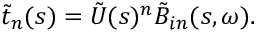
\tilde { t } _ { n } ( s ) = \tilde { U } ( s ) ^ { n } \tilde { B } _ { i n } ( s , \omega ) .